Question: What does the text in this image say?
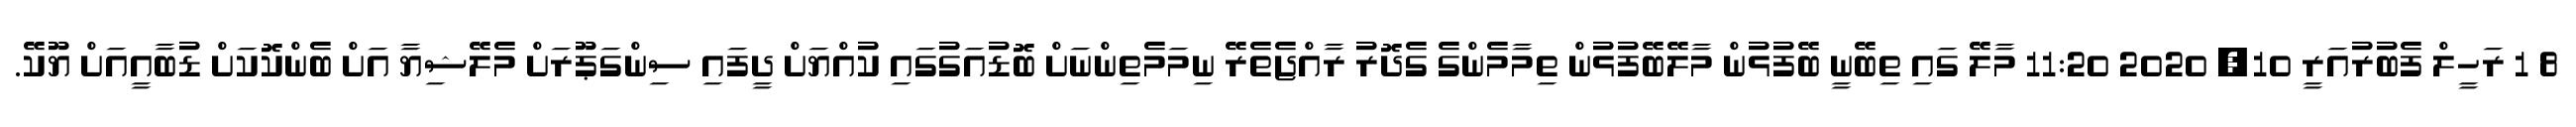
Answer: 8 1 ރަހީލް ފެބުރުއަރީ 10, 2020 11:20 މާލޭ ގައި ތިބޭނީ ބޭފުޅުން މާލޭބޭފުޅުން ތިމާމެންގެ ގެދޮރު ރާއްޖެތެރޭ ނިމަމެތިންނަށް ބޮޑުއަގުގައި ކުއްޔަށް ދީފައި ސިންގަޕޫރަށް މެލޭޝިޔާ އަށް ބެންކޮކަށް ޑުބާއީއަށް ޔޫކޭ.